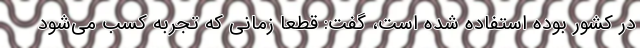
در کشور بوده استفاده شده است، گفت: قطعاً زمانی که تجربه کسب می‌شود